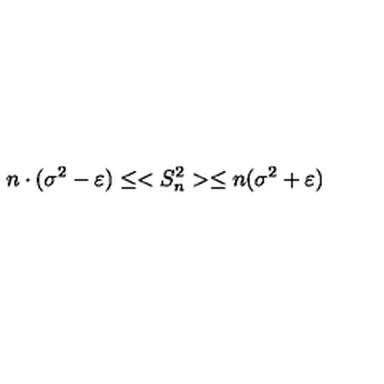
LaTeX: n \cdot ( \sigma ^ { 2 } - \varepsilon ) \leq < S _ { n } ^ { 2 } > \leq n ( \sigma ^ { 2 } + \varepsilon )